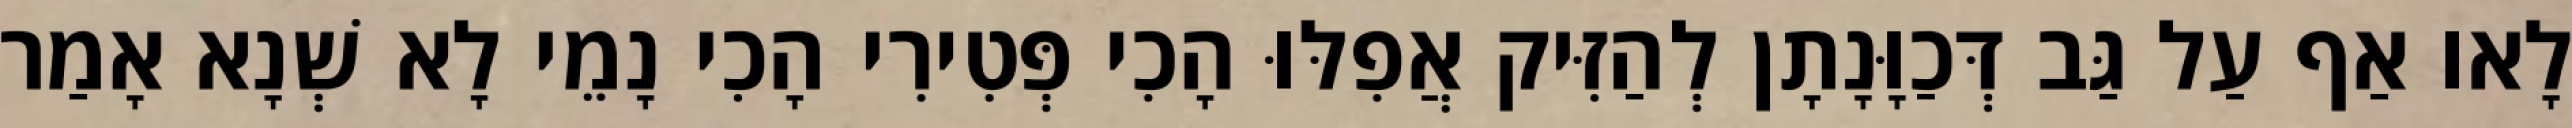
לָאו אַף עַל גַּב דְּכַוָּנָתָן לְהַזִּיק אֲפִלּוּ הָכִי פְּטִירִי הָכִי נָמֵי לָא שְׁנָא אָמַר